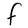
Character: F